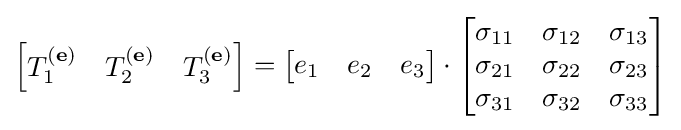
\left[{\begin{matrix}T_{1}^{(\mathbf {e} )}&T_{2}^{(\mathbf {e} )}&T_{3}^{(\mathbf {e} )}\end{matrix}}\right]=\left[{\begin{matrix}e_{1}&e_{2}&e_{3}\end{matrix}}\right]\cdot \left[{\begin{matrix}\sigma _{11}&\sigma _{12}&\sigma _{13}\\\sigma _{21}&\sigma _{22}&\sigma _{23}\\\sigma _{31}&\sigma _{32}&\sigma _{33}\\\end{matrix}}\right]